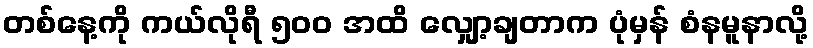
တစ်နေ့ကို ကယ်လိုရီ ၅၀၀ အထိ လျှော့ချတာက ပုံမှန် စံနမူနာလို့